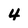
Character: 4